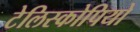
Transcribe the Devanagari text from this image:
टेलिस्कोपियो